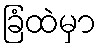
ခြံထဲမှာ